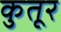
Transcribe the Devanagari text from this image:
कुतूर